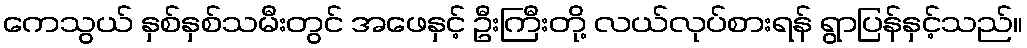
ကေသွယ် နှစ်နှစ်သမီးတွင် အဖေနှင့် ဦးကြီးတို့ လယ်လုပ်စားရန် ရွာပြန်နှင့်သည်။